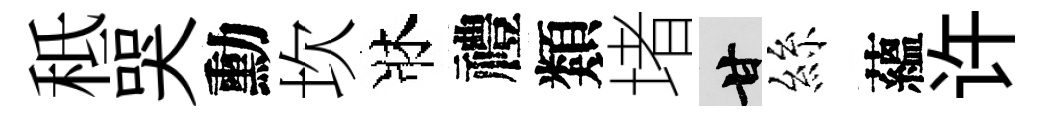
秪哭勳坎牀禮類堵甘絲蘊许